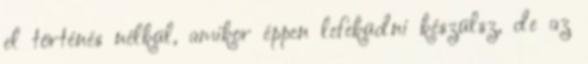
el történés nélkül, amikor éppen lefeküdni készülsz, de az